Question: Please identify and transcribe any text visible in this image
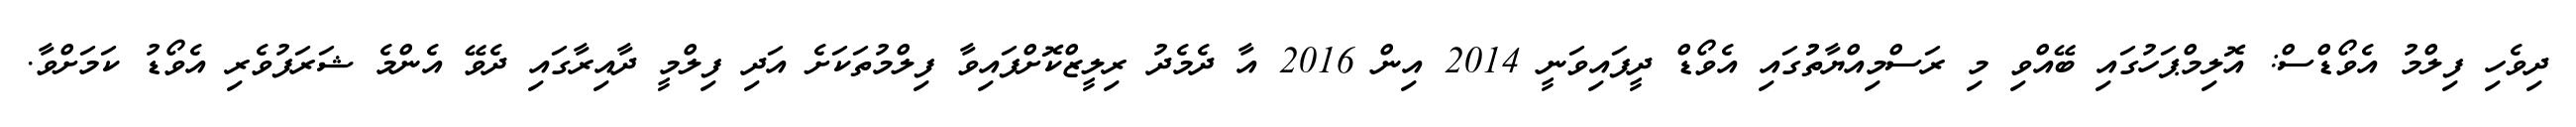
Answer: ދިވެހި ފިލްމު އެވޯޑްސް: އޮލިމްޕަހުގައި ބޭއްވި މި ރަސްމިއްޔާތުުގައި އެވޯޑް ދީފައިވަނީ 2014 އިން 2016 އާ ދެމެދު ރިލީޒްކޮށްފައިވާ ފިލްމުތަކަށެ އަދި ފިލްމީ ދާއިރާގައި ދެވޭ އެންމެ ޝަރަފުވެރި އެވޯޑު ކަމަށްވާ.